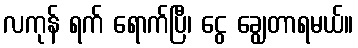
လကုန် ရက် ရောက်ပြီ၊ ငွေ ချွေတာရမယ်။